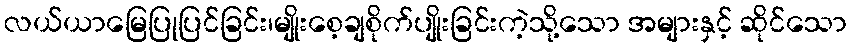
လယ်ယာမြေပြုပြင်ခြင်း၊မျိုးစေ့ချစိုက်ပျိုးခြင်းကဲ့သို့သော အများနှင့် ဆိုင်သော